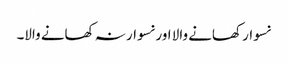
نسوار کھانے والا اور نسوار نہ کھانے والا۔